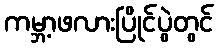
ကမ္ဘာ့ဖလားပြိုင်ပွဲတွင်